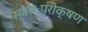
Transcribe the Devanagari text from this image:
स्वतःपरीक्षण